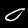
Digit: 0